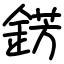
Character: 錺